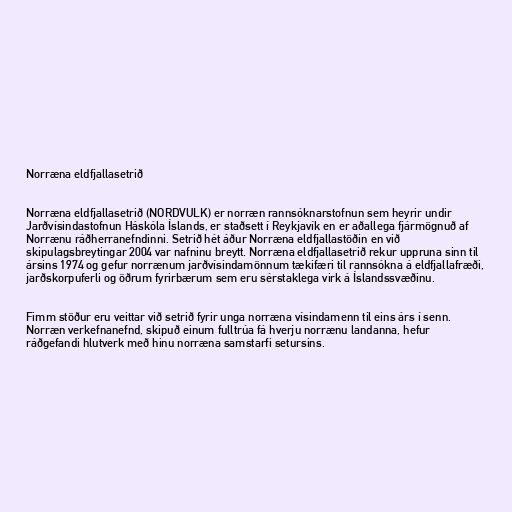
Norræna eldfjallasetrið

Norræna eldfjallasetrið (NORDVULK) er norræn rannsóknarstofnun sem heyrir undir
Jarðvísindastofnun Háskóla Íslands, er staðsett í Reykjavík en er aðallega fjármögnuð af
Norrænu ráðherranefndinni. Setrið hét áður Norræna eldfjallastöðin en við
skipulagsbreytingar 2004 var nafninu breytt. Norræna eldfjallasetrið rekur uppruna sinn til
ársins 1974 og gefur norrænum jarðvísindamönnum tækifæri til rannsókna á eldfjallafræði,
jarðskorpuferli og öðrum fyrirbærum sem eru sérstaklega virk á Íslandssvæðinu.

Fimm stöður eru veittar við setrið fyrir unga norræna vísindamenn til eins árs í senn.
Norræn verkefnanefnd, skipuð einum fulltrúa fá hverju norrænu landanna, hefur
ráðgefandi hlutverk með hinu norræna samstarfi setursins.